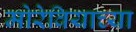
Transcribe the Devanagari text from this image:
मोरेवियाच्या